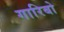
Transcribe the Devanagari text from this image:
गारिबो